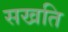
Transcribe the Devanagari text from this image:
सखति